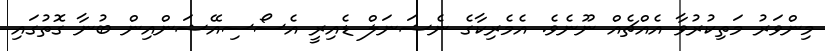
މިންވަރު މަތިކުރުވާ އެއްޗެއް ނޫނެވެ. އެމެރިކާގެ ނެޝަނަލް ޑެއިރީ އެސޯސިއޭޝަންއިން ބުނާ ގޮތުގައި